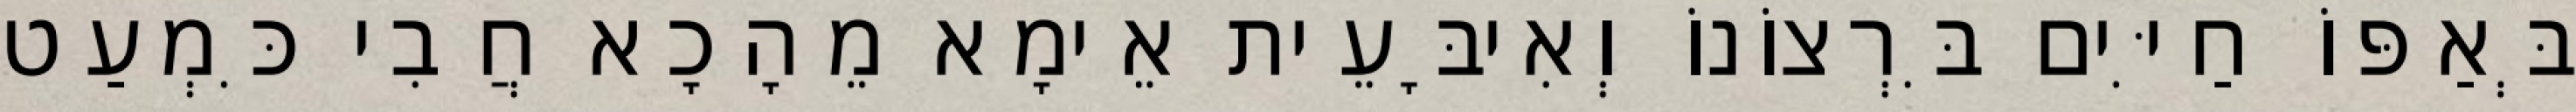
בְּאַפּוֹ חַיִּים בִּרְצוֹנוֹ וְאִיבָּעֵית אֵימָא מֵהָכָא חֲבִי כִּמְעַט